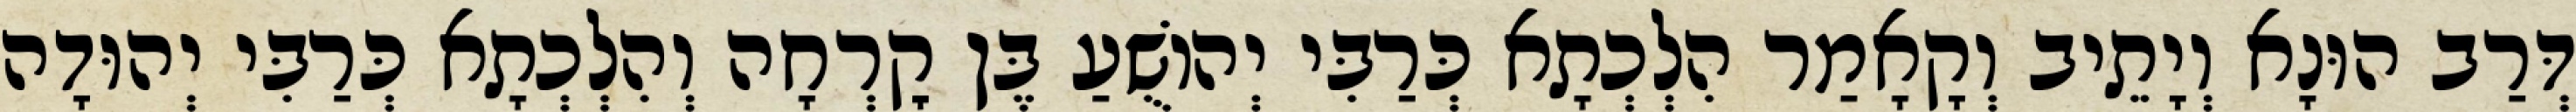
דְּרַב הוּנָא וְיָתֵיב וְקָאָמַר הִלְכְתָא כְּרַבִּי יְהוֹשֻׁעַ בֶּן קׇרְחָה וְהִלְכְתָא כְּרַבִּי יְהוּדָה